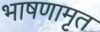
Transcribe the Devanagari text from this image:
भाषणामृत